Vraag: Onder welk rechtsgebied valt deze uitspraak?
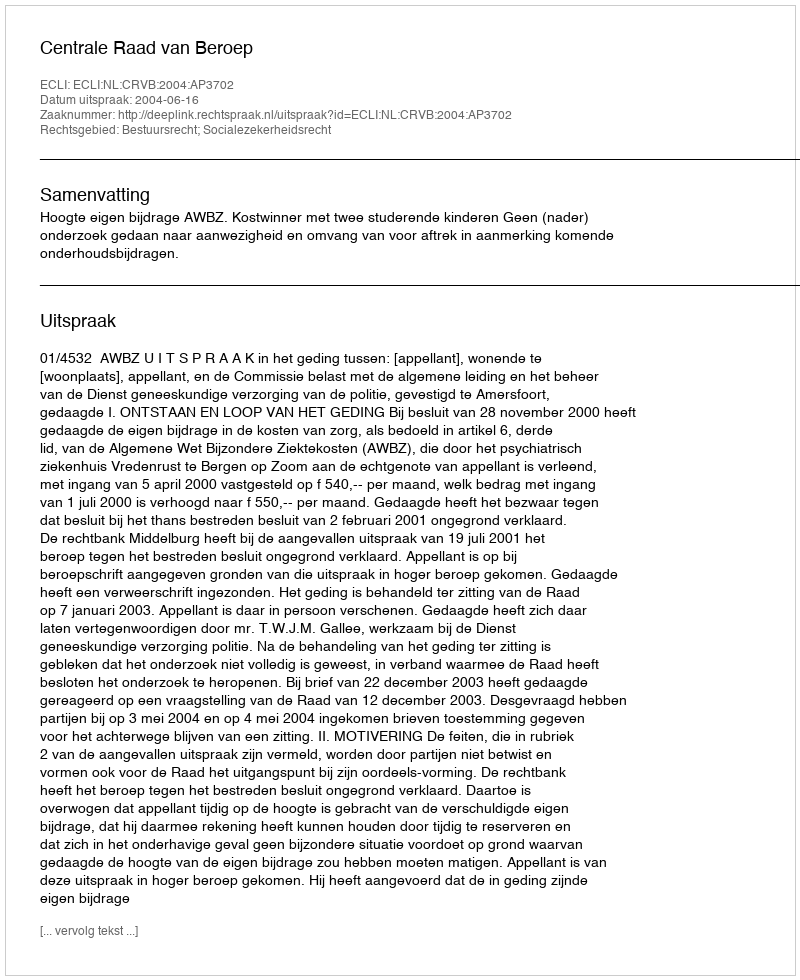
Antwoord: Bestuursrecht; Socialezekerheidsrecht